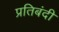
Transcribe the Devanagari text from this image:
प्रतिबंदी